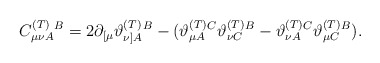
\begin{align*}C_{\mu \nu A}^{{\footnotesize (T)}}{}^{B}=2\partial _{\lbrack \mu }\vartheta_{\nu ]A}^{{\footnotesize (T)}}{}^{B}-(\vartheta _{\mu A}^{{\footnotesize (T)}}{}^{C}\vartheta _{\nu C}^{{\footnotesize (T)}}{}^{B}-\vartheta _{\nu A}^{{\footnotesize (T)}}{}^{C}\vartheta _{\mu C}^{{\footnotesize (T)}}{}^{B}).\end{align*}